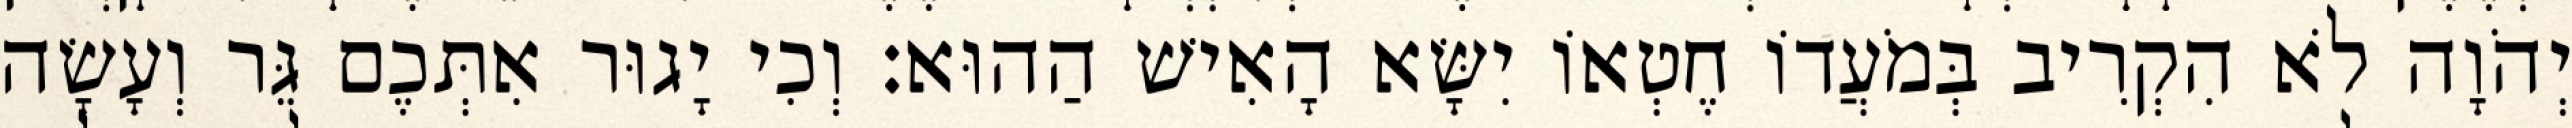
יְהֹוָה לֹא הִקְרִיב בְּמֹעֲדוֹ חֶטְאוֹ יִשָּׂא הָאִישׁ הַהוּא׃ וְכִי יָגוּר אִתְּכֶם גֵּר וְעָשָׂה